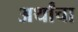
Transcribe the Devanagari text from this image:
अर्थांचा